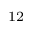
^ { \mathrm { 1 2 } }